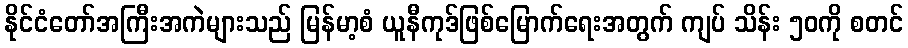
နိုင်ငံတော်အကြီးအကဲများသည် မြန်မာ့စံ ယူနီကုဒ်ဖြစ်မြောက်ရေးအတွက် ကျပ် သိန်း ၅၀ကို စတင်